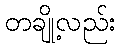
တချို့လည်း